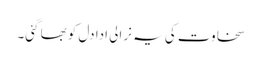
سخاوت کی یہ نرالی ادا دل کو بھا گئی۔